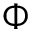
\Phi